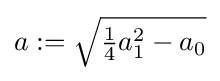
{\textstyle a\mathrel {:=} {\sqrt {{\frac {1}{4}}a_{1}^{2}-a_{0}}}}